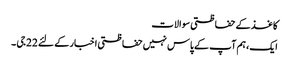
کاغذ کے حفاظتی سوالات
ایک، ہم آپ کے پاس نہیں حفاظتی اخبار کے لئے 22 جی ۔